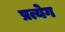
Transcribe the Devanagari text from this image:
प्रत्येग